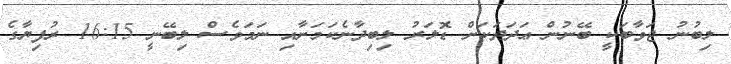
ލިބުނު ޖަވާބަކީ ބޭނުން ޢަދަދަކަށް ޑޮލަރު ލިބިދާނެކަމަށާއި ނަމަވެސް ލިބޭނީ 16:15 ރުފިޔާގެ